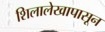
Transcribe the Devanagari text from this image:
शिलालेखापासून